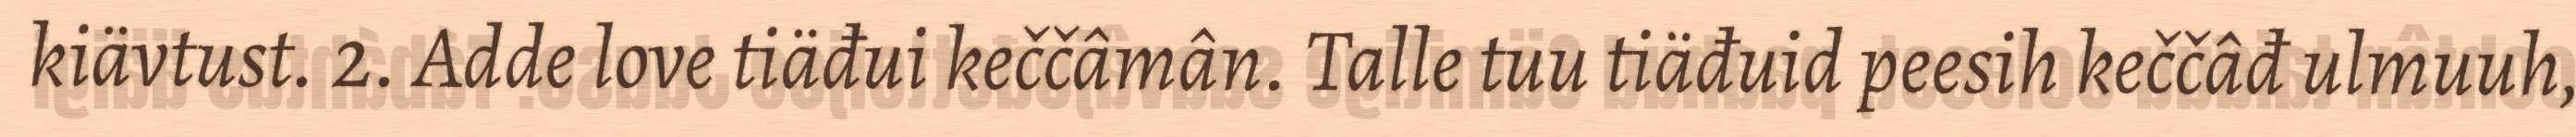
kiävtust. 2. Adde love tiäđui keččâmân. Talle tuu tiäđuid peesih keččâđ ulmuuh,